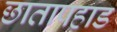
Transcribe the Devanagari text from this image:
छातापहाड